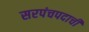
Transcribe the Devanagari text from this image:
सरपंचपदाची